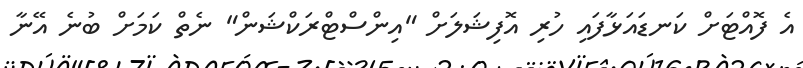
އެ ފޮއްޓަށް ކަނޑައަޅާފައި ހުރި އޮފިޝަލަށް "އިންސްޓްރަކްޝަން" ނެތް ކަމަށް ބުނެ އޭނާ